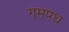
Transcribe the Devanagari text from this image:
गमपध